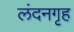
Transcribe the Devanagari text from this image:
लंदनगृह